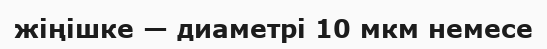
жіңішке — диаметрі 10 мкм немесе